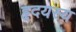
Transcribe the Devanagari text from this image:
हृदयस्य